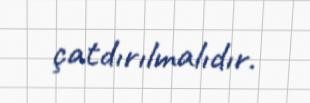
çatdırılmalıdır.